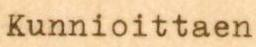
Kunnioittaen